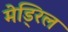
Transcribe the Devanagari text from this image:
मेड्रिल